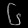
Digit: ၆